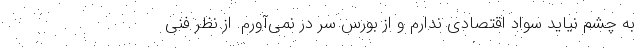
به چشم نیاید سواد اقتصادی ندارم و از بورس سر در نمی‌آورم. از نظر فنی